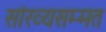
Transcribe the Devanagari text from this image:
सांख्यसम्मत